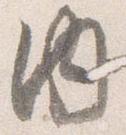
内